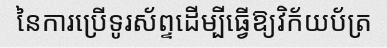
នៃការប្រើទូរស័ព្ទដើម្បីធ្វើឱ្យវិក័យប័ត្រ